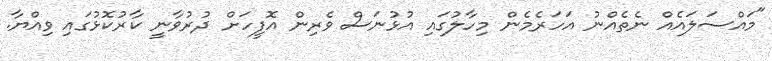
"މައްސަލައެއް ނެތެއްނު އަހަރެމެން މިހާލުގައި އުޅުނަސް ވެރިން އޮފީހަށް ދުރުވާނީ ކާރުކޮޅުގައި ވިއްޔާ.